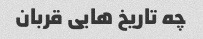
چه تاریخ هایی قربان